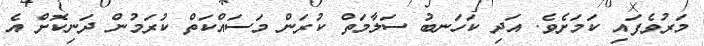
މަރުވެފައި ކަމަށެވެ. އަދި ކަހަނބު ސަލާމަތް ކުރަން މަސައްކަތް ކުރަމުން ދަނިކޮށް އެ